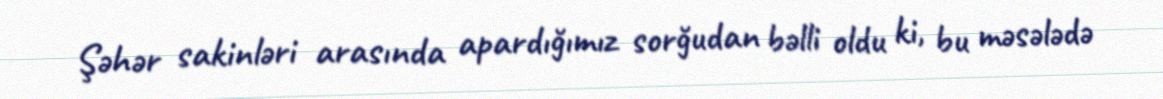
Şəhər sakinləri arasında apardığımız sorğudan bəlli oldu ki, bu məsələdə